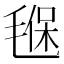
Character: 𣯂